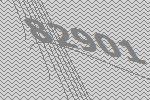
82901